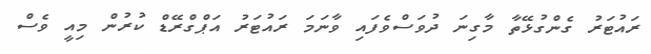
ރައުޓަރު ގެންގުޅޭތާ މާގިނަ ދުވަސްވެފައި ވާނަމަ ރައުޓަރު އަޕްގްރޭޑް ކުރުން މިއީ ވެސް